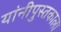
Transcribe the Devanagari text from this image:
यांनीपुस्तकाला